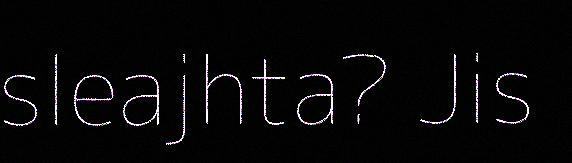
sleajhta? Jis